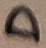
Text: D